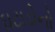
ઘટાડોનો